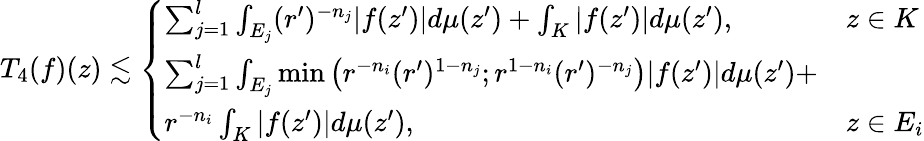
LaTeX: T_{4}(f)(z)\lesssim\left\{ \begin{array}{ll}{\sum_{j=1}^{l}\int_{E_{j}}(r^{\prime})^{-n_{j}}|f(z^{\prime})|d\mu(z^{\prime})+\int_{K}|f(z^{\prime})|d\mu(z^{\prime}),}&{z\in K}\\ {\sum_{j=1}^{l}\int_{E_{j}}\operatorname*{min}\left(r^{-n_{i}}(r^{\prime})^{1-n_{j}};r^{1-n_{i}}(r^{\prime})^{-n_{j}}\right)|f(z^{\prime})|d\mu(z^{\prime})+}\\ {r^{-n_{i}}\int_{K}|f(z^{\prime})|d\mu(z^{\prime}),}&{z\in E_{i}}\end{array}\right.